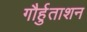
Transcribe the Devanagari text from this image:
गौर्हुताशन